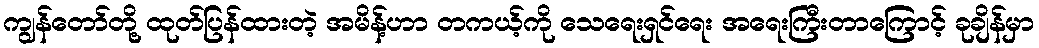
ကျွန်တော်တို့ ထုတ်ပြန်ထားတဲ့ အမိန့်ဟာ တကယ့်ကို သေရေးရှင်ရေး အရေးကြီးတာကြောင့် ခုချိန်မှာ